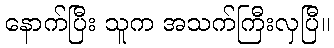
နောက်ပြီး သူက အသက်ကြီးလှပြီ။